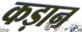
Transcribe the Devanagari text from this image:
कड़ान